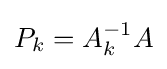
P_{k}=A_{k}^{-1}A